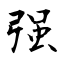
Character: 强